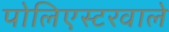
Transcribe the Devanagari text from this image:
पोलिएस्टरवाले